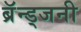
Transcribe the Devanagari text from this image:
ब्रॅन्ड्जनी